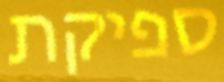
ספיקת